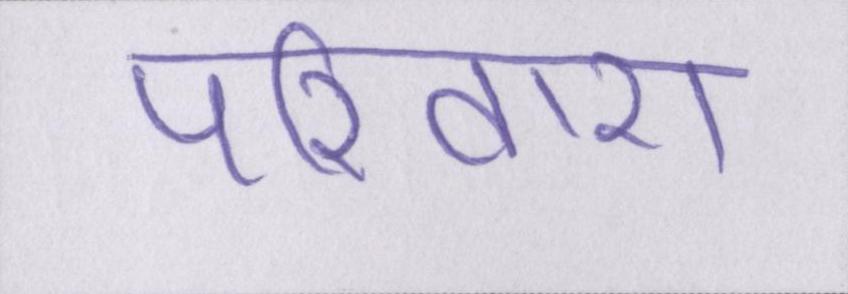
परिवारों